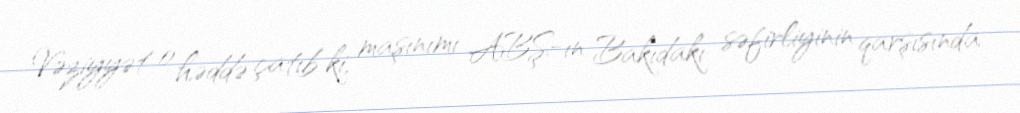
Vəziyyət o həddə çatıb ki, maşınımı ABŞ-ın Bakıdakı səfirliyinin qarşısında